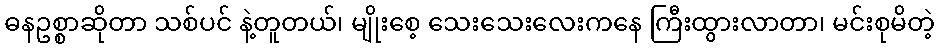
ဓနဥစ္စာဆိုတာ သစ်ပင် နဲ့တူတယ်၊ မျိုးစေ့ သေးသေးလေးကနေ ကြီးထွားလာတာ၊ မင်းစုမိတဲ့